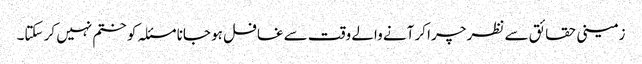
زمینی حقائق سے نظر چرا کر آنے والے وقت سے غافل ہو جانا مسئلہ کو ختم نہیں کر سکتا۔